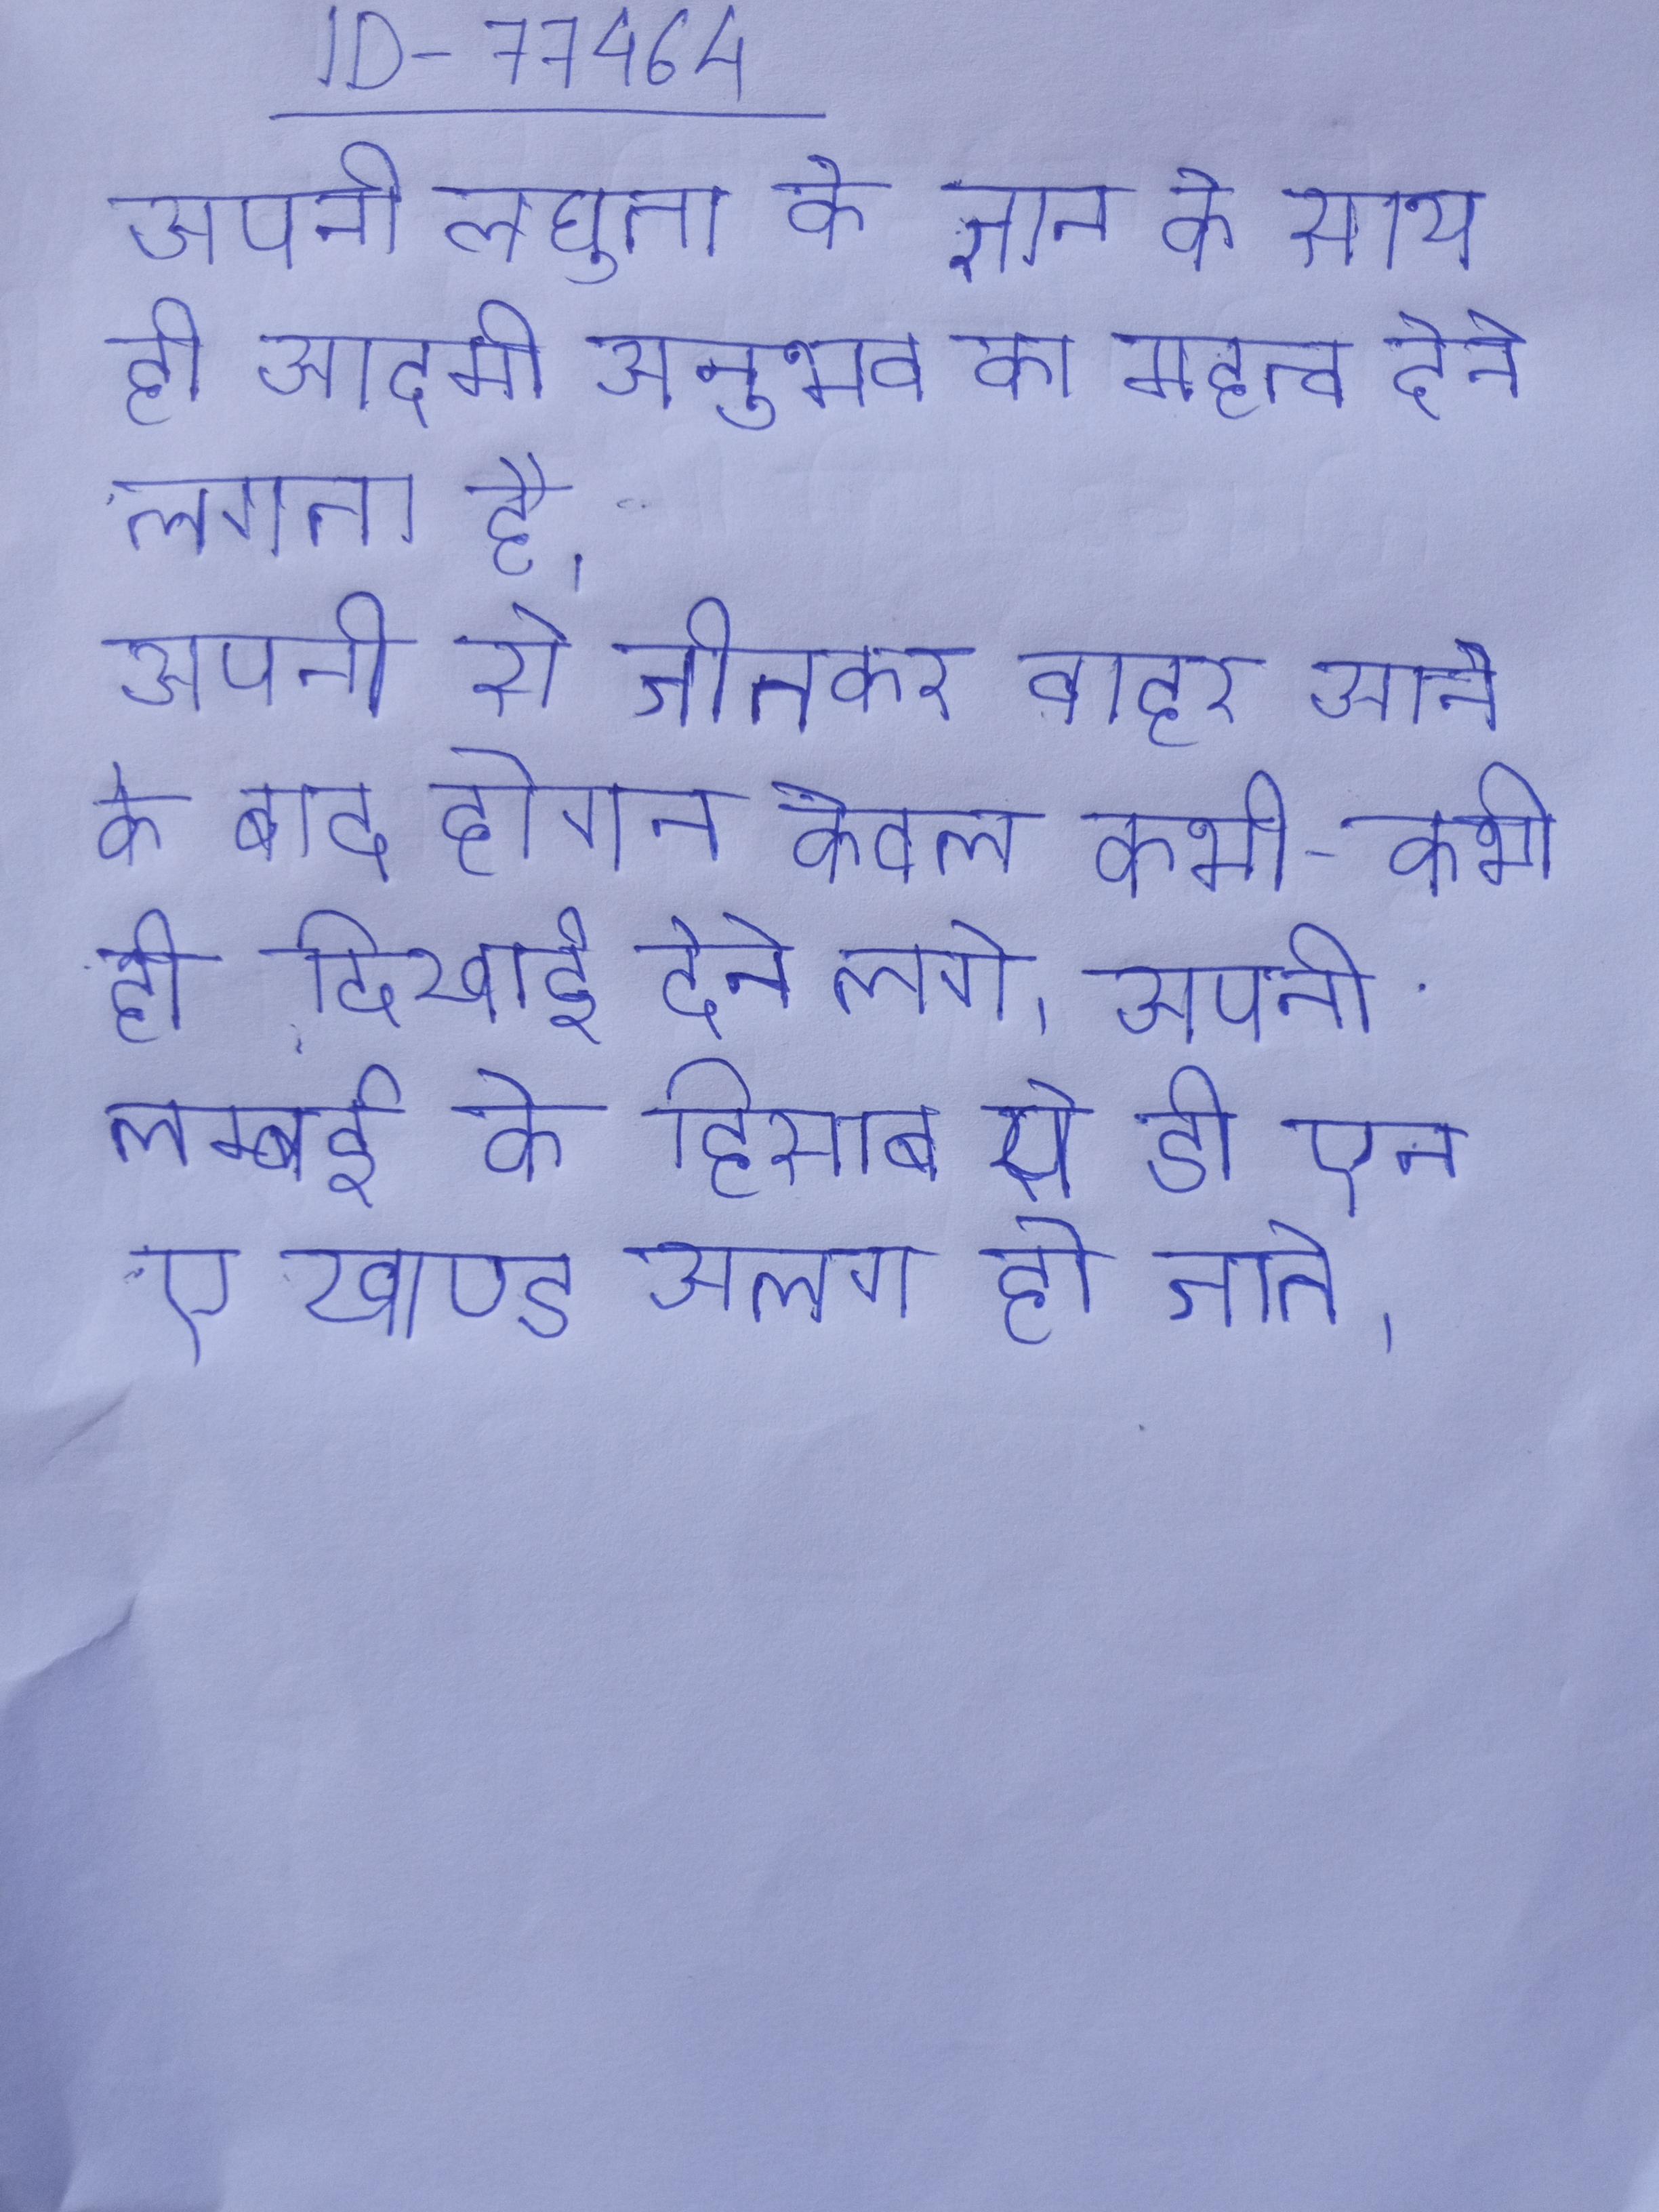
अपनी लघुता के ज्ञान के साथ ही आदमी अनुभव का महत्व देने लगता है । अपनी से जीतकर बाहर आने के बाद होगन केवल कभी-कभी ही दिखाई देने लगे । अपनी लम्बाई के हिसाब से डी एन ए खाण्ड अलग हो जाते ।